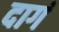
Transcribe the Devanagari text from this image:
दागं